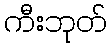
ကီးဘုတ်